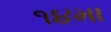
૧૪મા